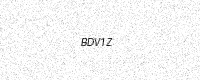
Text: BDV1Z